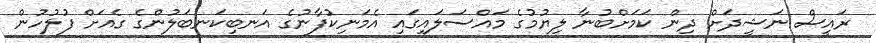
ރައީސް ނަޝީދަށް ދިން ކަމަށްބުނާ ލިޔުމުގެ މައްސަލައިގައި އެމަނިކުފާނުގެ އަނބިކަނބަލުންގެ ގެއަށް ފުލުހުން